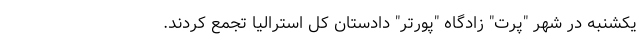
یکشنبه در شهر "پرت" زادگاه "پورتر" دادستان کل استرالیا تجمع کردند.